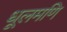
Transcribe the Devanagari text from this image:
धूलमणि